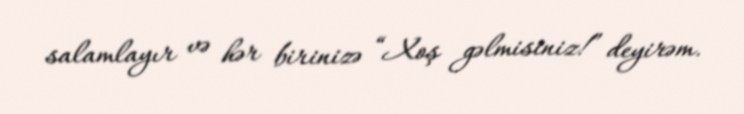
salamlayır və hər birinizə “Xoş gəlmisiniz!” deyirəm.